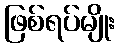
ဖြစ်ရပ်မျိုး